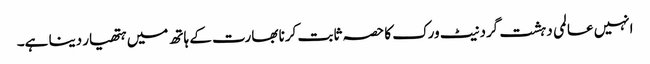
انہیں عالمی دہشت گرد نیٹ ورک کا حصہ ثابت کرنا بھارت کے ہاتھ میں ہتھیار دینا ہے۔